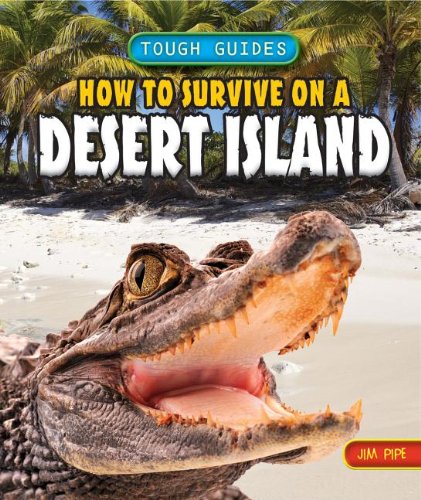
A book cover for How to Survive on a Desert Island (Tough Guides); Jim Pipe; Children's Books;